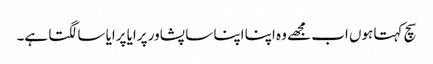
سچ کہتا ہوں اب مجھے وہ اپنا اپنا سا پشاور پرایا پرایا سا لگتا ہے۔